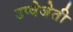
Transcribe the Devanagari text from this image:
उप्वेजेती